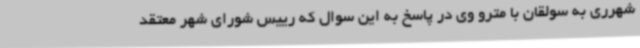
شهرری به سولقان با مترو وی در پاسخ به این سوال که رییس شورای شهر معتقد